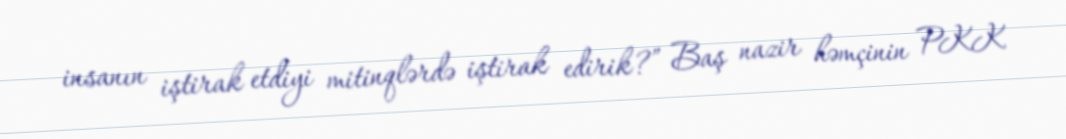
insanın iştirak etdiyi mitinqlərdə iştirak edirik?” Baş nazir həmçinin PKK